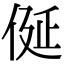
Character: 𠈰